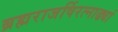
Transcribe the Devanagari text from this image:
ब्रह्मराजर्षिरत्नाढ्यां